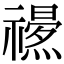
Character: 𥜏